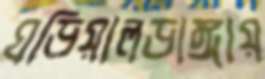
ঘড়িয়ালডাঙ্গায়